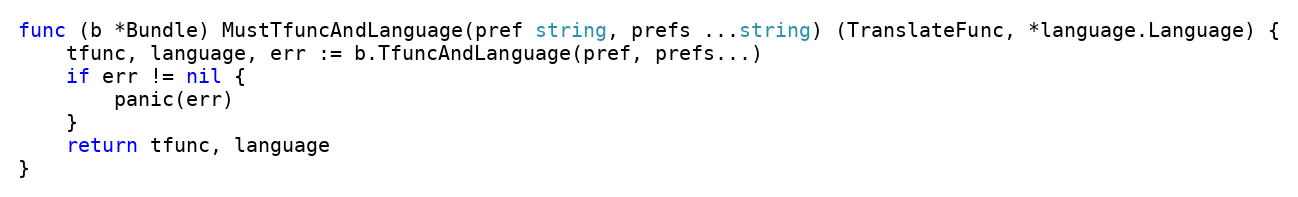
Language: Go
func (b *Bundle) MustTfuncAndLanguage(pref string, prefs ...string) (TranslateFunc, *language.Language) {
	tfunc, language, err := b.TfuncAndLanguage(pref, prefs...)
	if err != nil {
		panic(err)
	}
	return tfunc, language
}